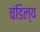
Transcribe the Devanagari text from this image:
चंडिल्य